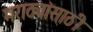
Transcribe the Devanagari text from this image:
मराठ्यांसाठी